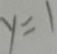
y = 1